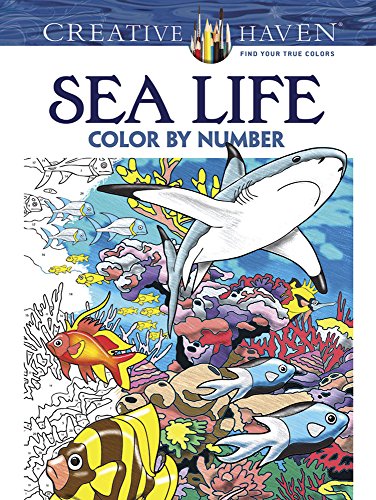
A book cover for Creative Haven Sea Life Color by Number Coloring Book (Creative Haven Coloring Books); George Toufexis; Arts & Photography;